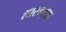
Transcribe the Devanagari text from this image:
शास्त्रज्ञता